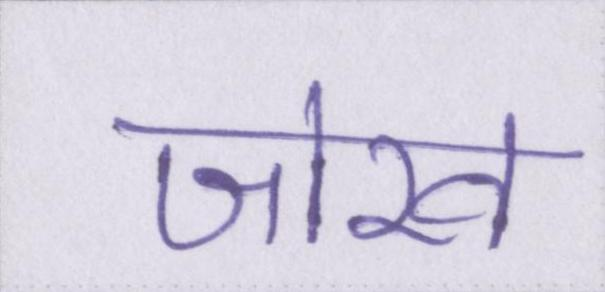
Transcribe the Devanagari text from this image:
जोख